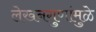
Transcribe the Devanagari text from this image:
लेखनगुणांमुळे